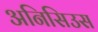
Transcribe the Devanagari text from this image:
अनिसिउस